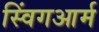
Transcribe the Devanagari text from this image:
स्विंगआर्म